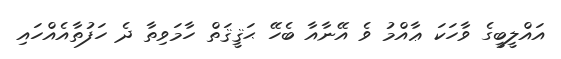
އައްލީބީގެ ވާހަކަ ޢާއްމު ވެ އޭނާއާ ބެހޭ ޙަޤީޤަތް ހާމަވިތާ ދެ ހަފުތާއެއްހައި